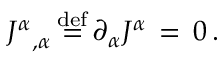
{ J ^ { \alpha } } _ { , \alpha } \, { \stackrel { \mathrm { d e f } } { = } } \, \partial _ { \alpha } J ^ { \alpha } \, = \, 0 \, .